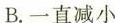
B.一直减小